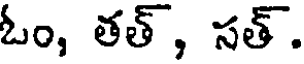
ఓం, తత్, సత్.